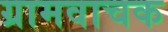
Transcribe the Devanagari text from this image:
ग्रामवाचक